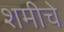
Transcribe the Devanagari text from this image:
शमीचे